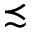
\precsim